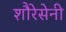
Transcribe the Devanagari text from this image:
शौरेसेनी